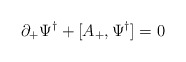
\begin{align*}\partial_+{ \Psi^\dagger} +[A_+ , { \Psi^\dagger}] =0\end{align*}